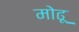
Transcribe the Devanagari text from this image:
मोढू